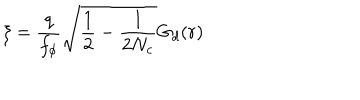
\xi = \frac { q } { f _ { \phi } } \sqrt { \frac { 1 } { 2 } - \frac { 1 } { 2 N _ { c } } } G _ { d } ( r )